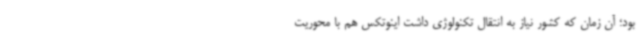
بود؛ آن زمان که کشور نیاز به انتقال تکنولوژی داشت اینوتکس هم با محوریت